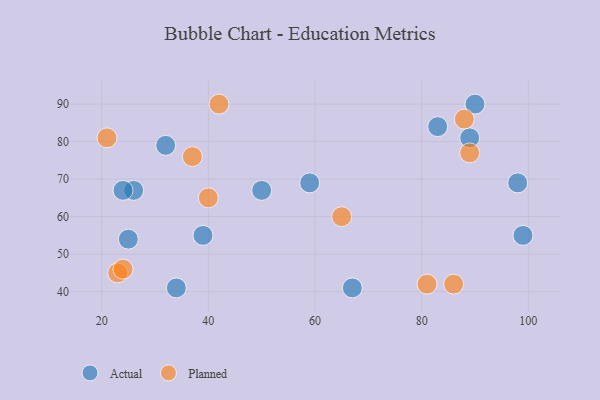
{"axis": {"x": "GDP", "y": "Life Expectancy"}, "legend": ["Actual", "Planned"], "data": [{"x": "50", "y": 67, "type": "Actual"}, {"x": "26", "y": 67, "type": "Actual"}, {"x": "89", "y": 81, "type": "Actual"}, {"x": "25", "y": 54, "type": "Actual"}, {"x": "98", "y": 69, "type": "Actual"}, {"x": "34", "y": 41, "type": "Actual"}, {"x": "39", "y": 55, "type": "Actual"}, {"x": "83", "y": 84, "type": "Actual"}, {"x": "32", "y": 79, "type": "Actual"}, {"x": "99", "y": 55, "type": "Actual"}, {"x": "90", "y": 90, "type": "Actual"}, {"x": "24", "y": 67, "type": "Actual"}, {"x": "67", "y": 41, "type": "Actual"}, {"x": "59", "y": 69, "type": "Actual"}, {"x": "81", "y": 42, "type": "Planned"}, {"x": "23", "y": 45, "type": "Planned"}, {"x": "40", "y": 65, "type": "Planned"}, {"x": "37", "y": 76, "type": "Planned"}, {"x": "89", "y": 77, "type": "Planned"}, {"x": "42", "y": 90, "type": "Planned"}, {"x": "86", "y": 42, "type": "Planned"}, {"x": "24", "y": 46, "type": "Planned"}, {"x": "65", "y": 60, "type": "Planned"}, {"x": "88", "y": 86, "type": "Planned"}, {"x": "21", "y": 81, "type": "Planned"}]}